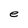
Character: e